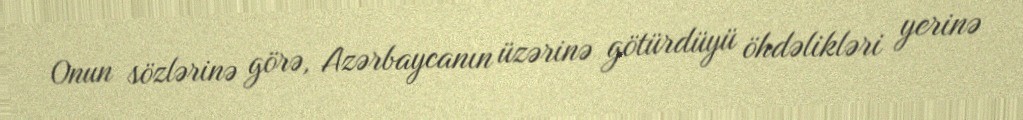
Onun sözlərinə görə, Azərbaycanın üzərinə götürdüyü öhdəlikləri yerinə